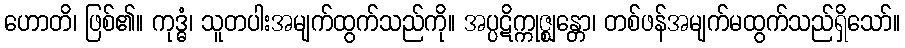
ဟောတိ၊ ဖြစ်၏။ ကုဒ္ဓံ၊ သူတပါးအမျက်ထွက်သည်ကို။ အပ္ပဋိက္ကုဇ္ဈန္တော၊ တစ်ဖန်အမျက်မထွက်သည်ရှိသော်။